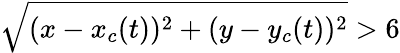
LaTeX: \sqrt{(x-x_{c}(t))^{2}+(y-y_{c}(t))^{2}}>6